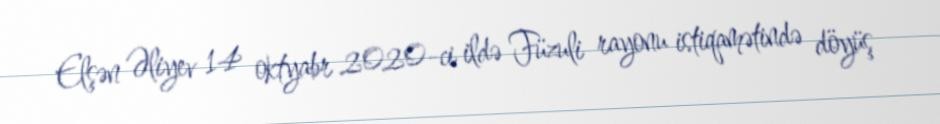
Elşən Əliyev 14 oktyabr 2020-ci ildə Füzuli rayonu istiqamətində döyüş